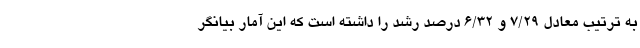
به ترتیب معادل 7/29 و 6/32 درصد رشد را داشته است که این آمار بیانگر